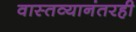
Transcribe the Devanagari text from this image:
वास्तव्यानंतरही